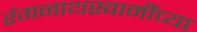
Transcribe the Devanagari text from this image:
रंगनाथस्वामींच्या